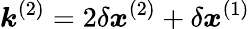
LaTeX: \boldsymbol{k}^{(2)}=2\delta\boldsymbol{x}^{(2)}+\delta\boldsymbol{x}^{(1)}